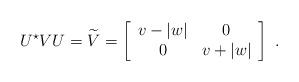
LaTeX: \begin{align*}U^\star VU = \widetilde{V} = \left[\begin{array}{ccc} v-|w| & 0\\0 & v+ |w|\end{array} \right] \ .\end{align*}